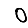
Digit: 0